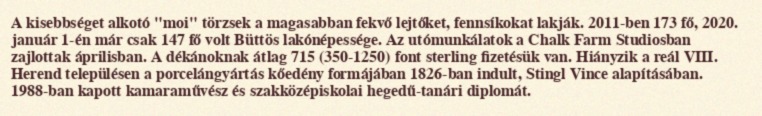
A kisebbséget alkotó "moi" törzsek a magasabban fekvő lejtőket, fennsíkokat lakják. 2011-ben 173 fő, 2020. január 1-én már csak 147 fő volt Büttös lakónépessége. Az utómunkálatok a Chalk Farm Studiosban zajlottak áprilisban. A dékánoknak átlag 715 (350-1250) font sterling fizetésük van. Hiányzik a reál VIII. Herend településen a porcelángyártás kőedény formájában 1826-ban indult, Stingl Vince alapításában. 1988-ban kapott kamaraművész és szakközépiskolai hegedű-tanári diplomát.